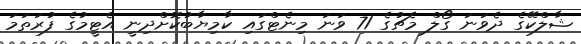
ޝާލްކޭގެ ދެވަނަ ގޯލް މެޗުގެ 71 ވަނަ މިނެޓްގައި ކާމިޔާބުކޮށްދިނީ އެޓީމުގެ ފުރަތަމަ